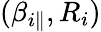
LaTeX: (\beta_{i\parallel},R_{i})